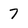
Character: 7